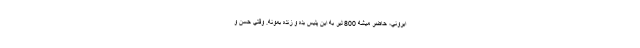
ايروني، حاضر ميشه 800 لير به اين پليس بده و زنده بمونه. وقتي حسن و